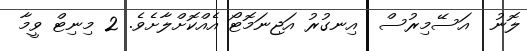
ލޮނު  އަސޭމިރުސް  އިނގުރު އަޖިނަމޮޓޯ އެއްކޮށްލާށެވެ. 2 މިނިޓް ވީމާ